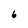
Character: 6